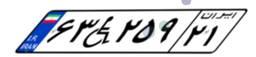
۳۰W۸۴۰۳۴